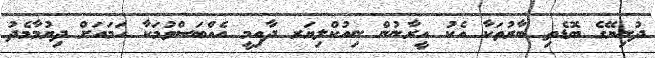
ދުނިޔޭގެ ބޮޑެތި ބާރުތަކާ އެކު އީރާނުން ނިއުކްލިޔަރ ދާއިމީ އެއްބަސްވުމަކާ ހަމައަށް ދިޔުމާމެދު